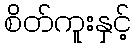
စိတ်ကူးနှင့်